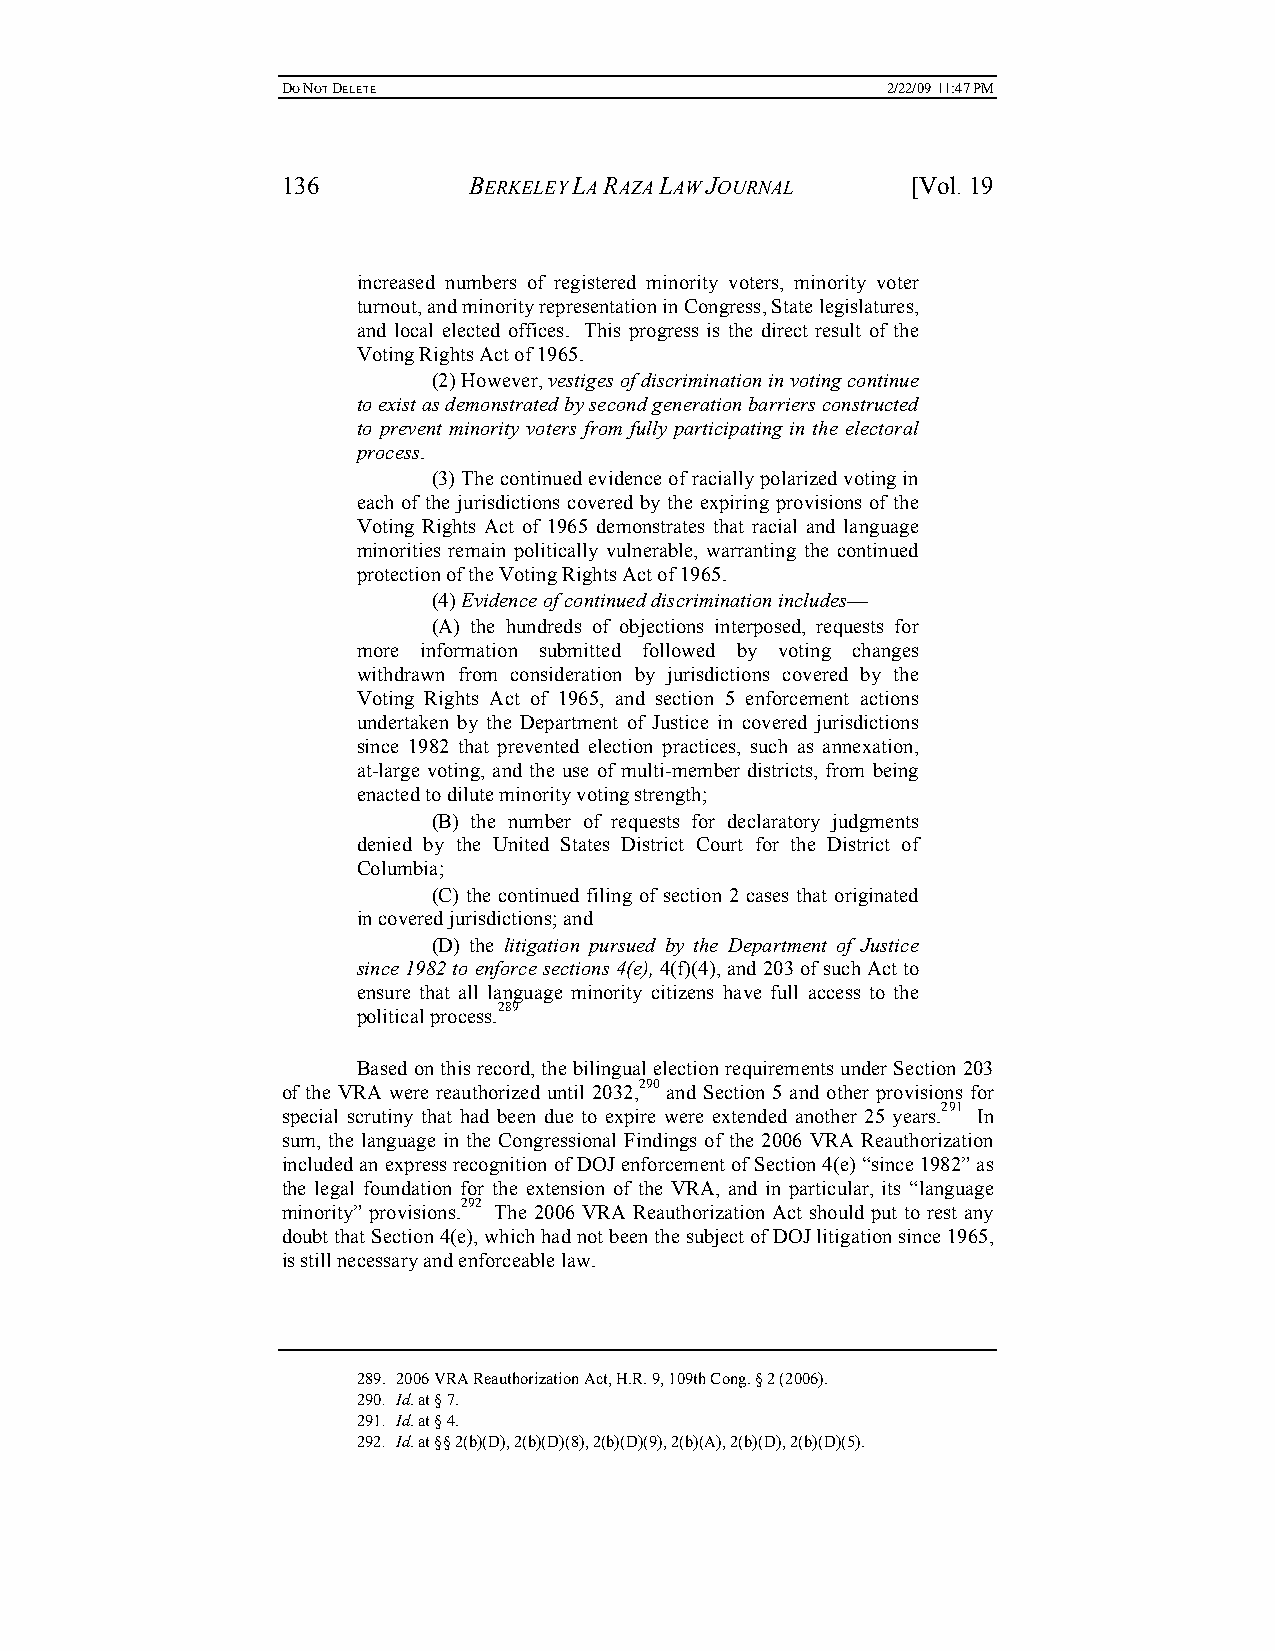
DO NOT DELETE                           2/22/09 11:47 PM
 136         BERKELEY LA RAZA LAW JOURNAL [Vol. 19
 increased numbers of registered minority voters, minority voter
 turnout, and minority representation in Congress, State legislatures,
 and local elected offices. This progress is the direct result of the
 Voting Rights Act of 1965.
 (2) However, vestiges of discrimination in voting continue
 to exist as demonstrated by second generation barriers constructed
 to prevent minority voters from fully participating in the electoral
 process.
 (3) The continued evidence of racially polarized voting in
 each of the jurisdictions covered by the expiring provisions of the
 Voting Rights Act of 1965 demonstrates that racial and language
 minorities remain politically vulnerable, warranting the continued
 protection of the Voting Rights Act of 1965.
 (4) Evidence of continued discrimination includes—
 (A) the hundreds of objections interposed, requests for
 more information submitted followed by voting changes
 withdrawn from consideration by jurisdictions covered by the
 Voting Rights Act of 1965, and section 5 enforcement actions
 undertaken by the Department of Justice in covered jurisdictions
 since 1982 that prevented election practices, such as annexation,
 at-large voting, and the use of multi-member districts, from being
 enacted to dilute minority voting strength;
 (B) the number of requests for declaratory judgments
 denied by the United States District Court for the District of
 Columbia;
 (C) the continued filing of section 2 cases that originated
 in covered jurisdictions; and
 (D) the litigation pursued by the Department of Justice
 since 1982 to enforce sections 4(e), 4(f)(4), and 203 of such Act to
 ensure that all language minority citizens have full access to the
 political process.289
 Based on this record, the bilingual election requirements under Section 203
 of the VRA were reauthorized until 2032,290 and Section 5 and other provisions for
 special scrutiny that had been due to expire were extended another 25 years.291 In
 sum, the language in the Congressional Findings of the 2006 VRA Reauthorization
 included an express recognition of DOJ enforcement of Section 4(e) “since 1982” as
 the legal foundation for the extension of the VRA, and in particular, its “language
 minority” provisions.292 The 2006 VRA Reauthorization Act should put to rest any
 doubt that Section 4(e), which had not been the subject of DOJ litigation since 1965,
 is still necessary and enforceable law.
 289. 2006 VRA Reauthorization Act, H.R. 9, 109th Cong. § 2 (2006).
 290. Id. at § 7.
 291. Id. at § 4.
 292. Id. at §§ 2(b)(D), 2(b)(D)(8), 2(b)(D)(9), 2(b)(A), 2(b)(D), 2(b)(D)(5).